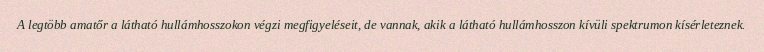
A legtöbb amatőr a látható hullámhosszokon végzi megfigyeléseit, de vannak, akik a látható hullámhosszon kívüli spektrumon kísérleteznek.